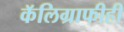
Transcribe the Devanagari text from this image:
कॅलिग्राफीही